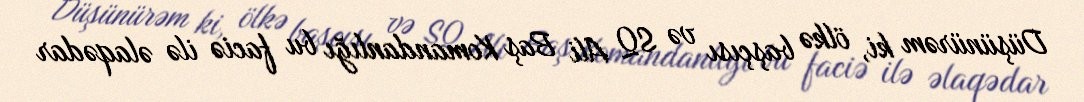
Düşünürəm ki, ölkə başçısı və SQ Ali Baş Komandanlığı bu faciə ilə əlaqədar